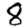
Digit: 8